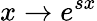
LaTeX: x\rightarrow e^{sx}